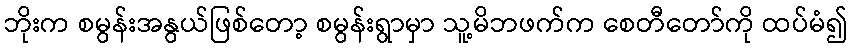
ဘိုးက စမွန်းအနွယ်ဖြစ်တော့ စမွန်းရွာမှာ သူ့မိဘဖက်က စေတီတော်ကို ထပ်မံ၍